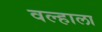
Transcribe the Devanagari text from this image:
वल्हाला